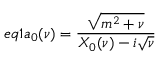
e q 1 a _ { 0 } ( \nu ) = \frac { \sqrt { m ^ { 2 } + \nu } } { X _ { 0 } ( \nu ) - i \sqrt { \nu } }